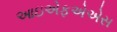
આઇએફએએસ